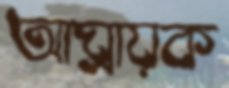
আঘ্রায়ক